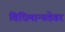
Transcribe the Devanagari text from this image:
विधिमान्यतेवर